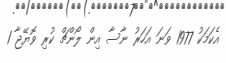
އެކަމަކު 1977 ވަނަ އަހަރު ނާސާ އިން ލޯންޗް ކުރި ވޮޔޭޖާ 1